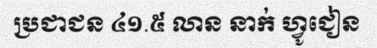
ប្រជាជន ៤១.៥ លាន នាក់ ហ្វូជៀន